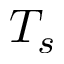
T _ { s }